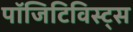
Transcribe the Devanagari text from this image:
पॉजिटिविस्ट्स